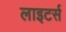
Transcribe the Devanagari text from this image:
लाइटर्स